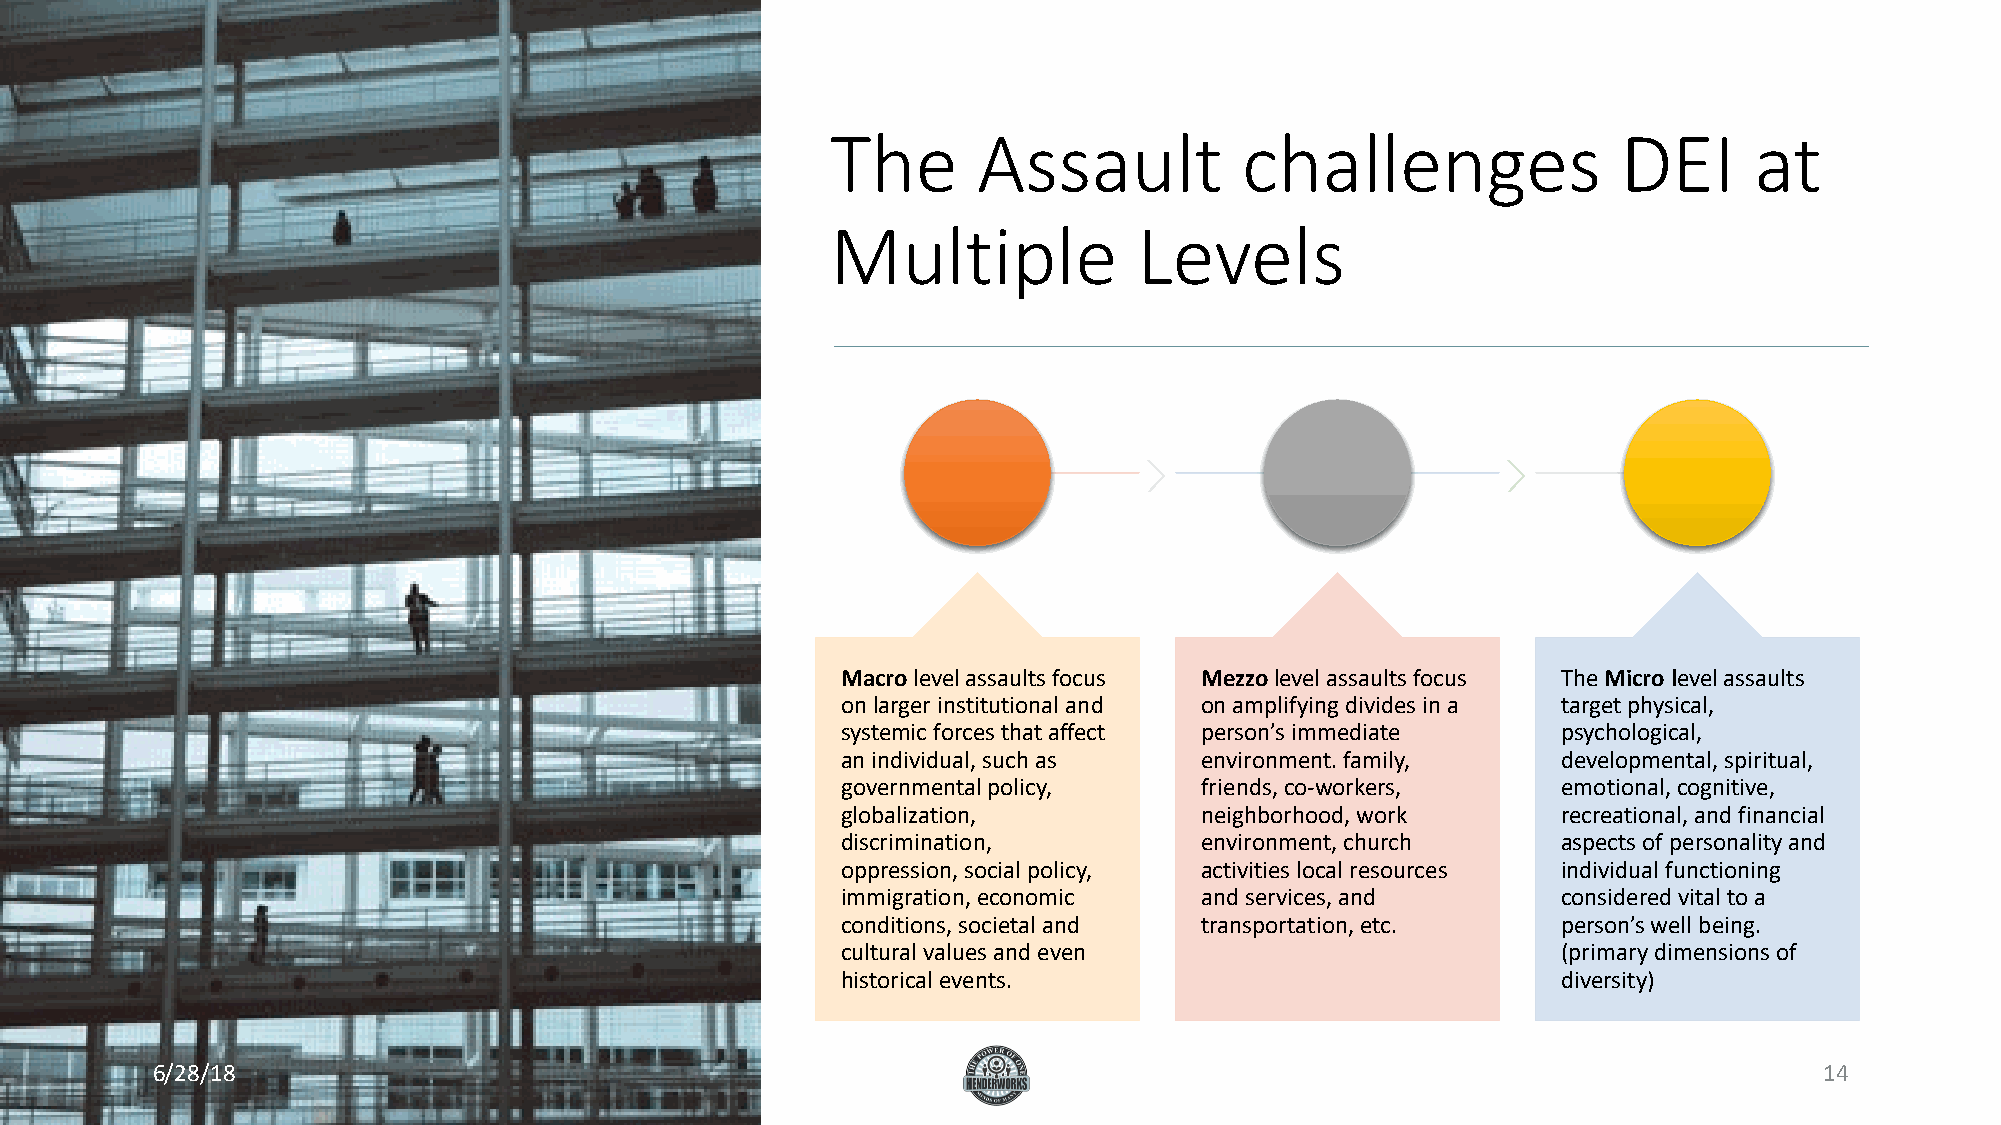
The       Assault          challenges               DEI      at
 Multiple            Levels
 Macro level assaults focus Mezzolevel assaults focus The Micro level assaults
 on larger institutional and on amplifying divides in a target physical,
 systemic forces that affect person’s immediate psychological,
 an individual, such as environment. family,    developmental, spiritual,
 governmental policy,   friends, co-workers,    emotional, cognitive,
 globalization,         neighborhood, work      recreational, and financial
 discrimination,        environment, church     aspects of personality and
 oppression, social policy, activities local resources individual functioning
 immigration, economic  and services, and       considered vital to a
 conditions, societal and transportation, etc.  person’s well being.
 cultural values and even                       (primary dimensions of
 historical events.                             diversity)
 6/28/18                                                                                                        14